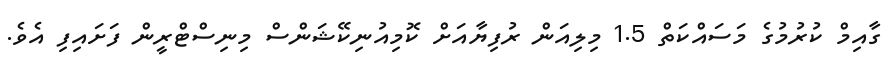
ގާއިމް ކުރުމުގެ މަސައްކަތް 1.5 މިލިއަން ރުފިޔާއަށް ކޮމިއުނިކޭޝަންސް މިނިސްޓްރީން ފަށައިފި އެވެ.